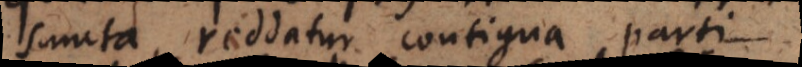
sumta, reddatur contigua parti